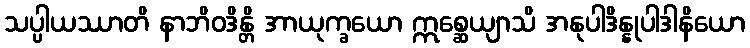
သပ္ပါယဿာတိ နာဘိဝဒိန္တိ အာယုက္ခယော ဣစ္ဆေယျာသိ အနုပါဒိန္နုပါဒါနိယော